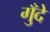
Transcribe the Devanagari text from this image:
गुँदे